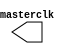
//////////////////////////////////////////////////////////////////
//    IonControl 1.0:  Copyright 2016 Sandia Corporation              
//    This Software is released under the GPL license detailed    
//    in the file "license.txt" in the top-level pyGSTi directory 
//////////////////////////////////////////////////////////////////

`timescale 1ns / 1ps

module clock_gen (masterclk); 
   parameter PERIOD = 20; 
	output masterclk; 
	reg    masterclk; 
	initial masterclk = 1; 
	always begin 
		#(PERIOD/2.0) masterclk = ~masterclk; 
	end
endmodule